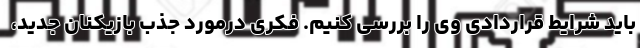
باید شرایط قراردادی وی را بررسی کنیم. فکری درمورد جذب بازیکنان جدید،